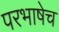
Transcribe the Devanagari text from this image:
परभाषेच